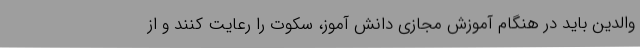
والدین باید در هنگام آموزش مجازی دانش آموز، سکوت را رعایت کنند و از